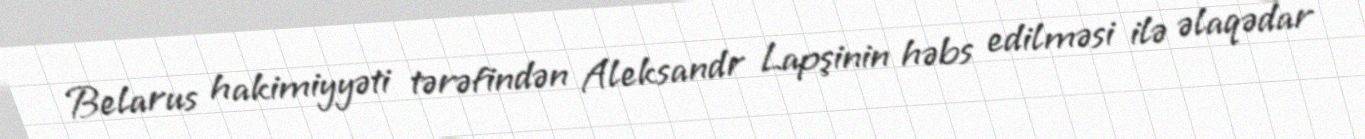
Belarus hakimiyyəti tərəfindən Aleksandr Lapşinin həbs edilməsi ilə əlaqədar